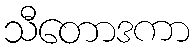
သီတောဒကာ